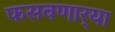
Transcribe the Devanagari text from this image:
फसवणार्‍या